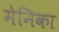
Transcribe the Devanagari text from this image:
मेनिका